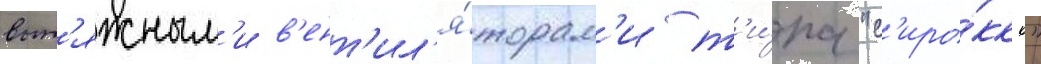
выт'яжным'и в'ент'ил'я́торам'и т'и́па "с'иро́кко"